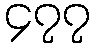
၄၇၇